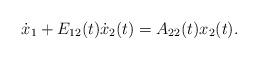
LaTeX: \begin{align*}\dot x_1+E_{12}(t)\dot x_2(t)=A_{22}(t)x_2(t).\end{align*}